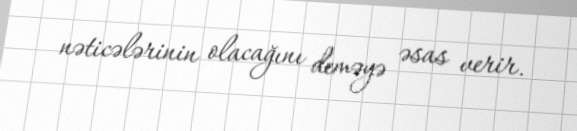
nəticələrinin olacağını deməyə əsas verir.